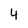
Character: 4